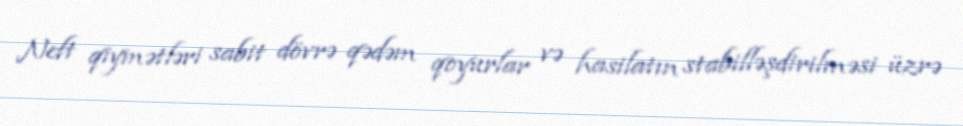
Neft qiymətləri sabit dövrə qədəm qoyurlar və hasilatın stabilləşdirilməsi üzrə